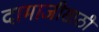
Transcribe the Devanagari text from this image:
दामाजीसाठी